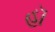
હૉ